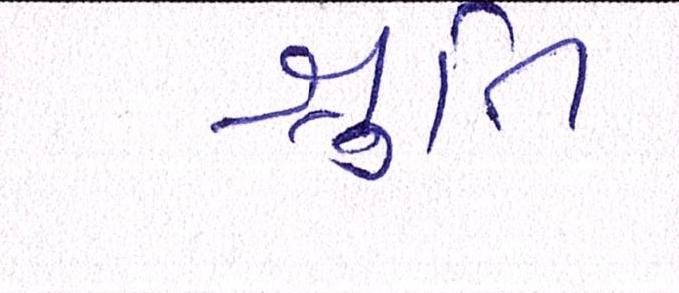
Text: શ્રુતિ